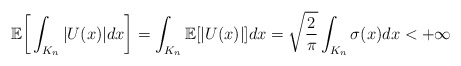
\begin{align*} \mathbb{E}\bigg[\int_{K_n}|U(x)|dx\bigg] = \int_{K_n}\mathbb{E}[|U(x)|]dx = \sqrt{\frac{2}{\pi}}\int_{K_n}\sigma(x)dx < +\infty\end{align*}